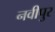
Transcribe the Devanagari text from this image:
नवीपुर